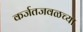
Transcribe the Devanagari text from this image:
कर्जतजवळच्या